Indian journal of veterinary science and animal husbandry - Volumes 24-25, 1954-1955
Year: 1954
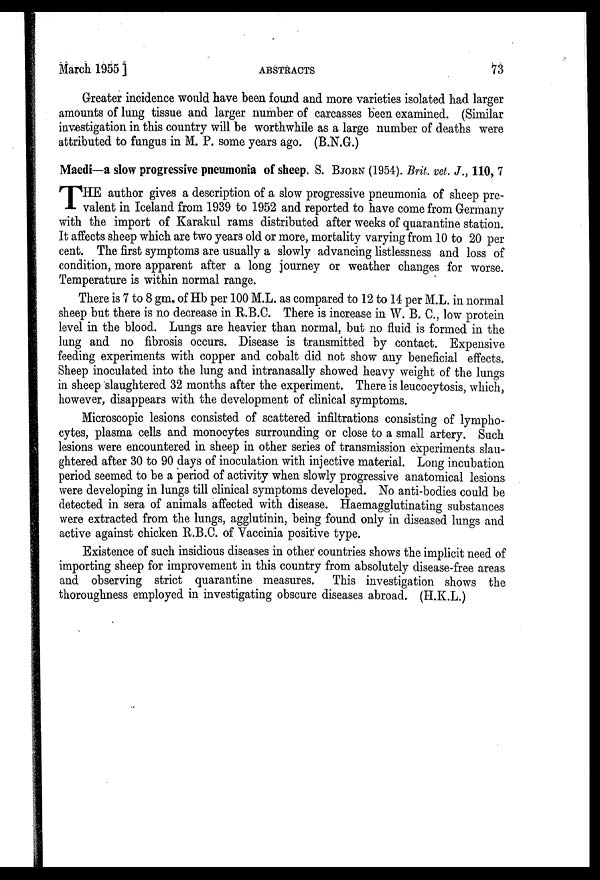
March 1955]
ABSTRACTS
73
Greater incidence would have been found and more varieties isolated had larger
amounts of lung tissue and larger number of carcasses been examined. (Similar
investigation in this country will be worthwhile as a large number of deaths were
attributed to fungus in M. P. some years ago. (B.N.G.)
Maedi—a slow progressive pneumonia of sheep. S. BJORN (1954). Brit. vet. J., 110, 7
T HE author gives a description of a slow progressive pneumonia of sheep pre-
valent in Iceland from 1939 to 1952 and reported to have come from Germany
with the import of Karakul rams distributed after weeks of quarantine station.
It affects sheep which are two years old or more, mortality varying from 10 to 20 per
cent. The first symptoms are usually a slowly advancing listlessness and loss of
condition, more apparent after a long journey or weather changes for worse.
Temperature is within normal range.
There is 7 to 8 gm. of Hb per 100 M.L. as compared to 12 to 14 per M.L. in normal
sheep but there is no decrease in R.B.C. There is increase in W. B. C., low protein
level in the blood. Lungs are heavier than normal, but no fluid is formed in the
lung and no fibrosis occurs. Disease is transmitted by contact. Expensive
feeding experiments with copper and cobalt did not show any beneficial effects.
Sheep inoculated into the lung and intranasally showed heavy weight of the lungs
in sheep slaughtered 32 months after the experiment. There is leucocytosis, which,
however, disappears with the development of clinical symptoms.
Microscopic lesions consisted of scattered infiltrations consisting of lympho-
cytes, plasma cells and monocytes surrounding or close to a small artery. Such
lesions were encountered in sheep in other series of transmission experiments slau-
ghtered after 30 to 90 days of inoculation with injective material. Long incubation
period seemed to be a period of activity when slowly progressive anatomical lesions
were developing in lungs till clinical symptoms developed. No anti-bodies could be
detected in sera of animals affected with disease. Haemagglutinating substances
were extracted from the lungs, agglutinin, being found only in diseased lungs and
active against chicken R.B.C. of Vaccinia positive type.
Existence of such insidious diseases in other countries shows the implicit need of
importing sheep for improvement in this country from absolutely disease-free areas
and observing strict quarantine measures. This investigation shows the
thoroughness employed in investigating obscure diseases abroad. (H.K.L.)